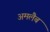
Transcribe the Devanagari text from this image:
अमलैब